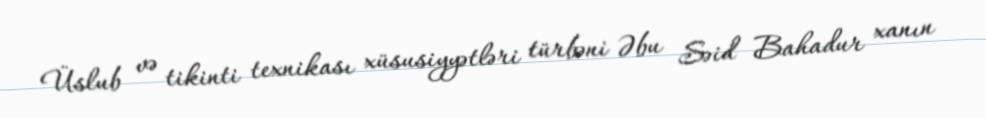
Üslub və tikinti texnikası xüsusiyyətləri türbəni Əbu Səid Bahadur xanın